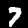
Digit: 7